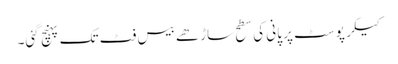
کیکر پوسٹ پر پانی کی سطح ساڑھے بیس فٹ تک پہنچ گئی۔